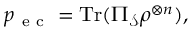
p _ { \mathrm { ~ e ~ c ~ } } = \mathrm { T r } ( \Pi _ { \mathcal { S } } \rho ^ { \otimes n } ) ,